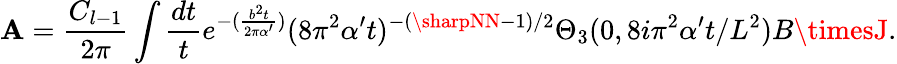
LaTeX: \mathbf{A}=\frac{{C_{l-1}}}{{2\pi}}\int\frac{{dt}}{{t}}e^{-(\frac{{b^{2}t}}{{2\pi\alpha^{\prime}}})}(8\pi^{2}\alpha^{\prime}t)^{-(\sharpNN-1)/2}\Theta_{3}(0,8i\pi^{2}\alpha^{\prime}t/L^{2})B\timesJ.